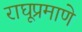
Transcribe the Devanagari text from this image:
राघूप्रमाणे